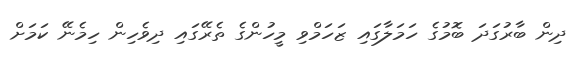
ދިން ބާރުގަދަ ބޮމުގެ ހަމަލާގައި ޒަހަމްވި މީހުންގެ ތެރޭގައި ދިވެހިން ހިމެނޭ ކަމަށް